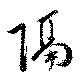
隔